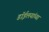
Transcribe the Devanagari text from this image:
डाॅईलयांच्या